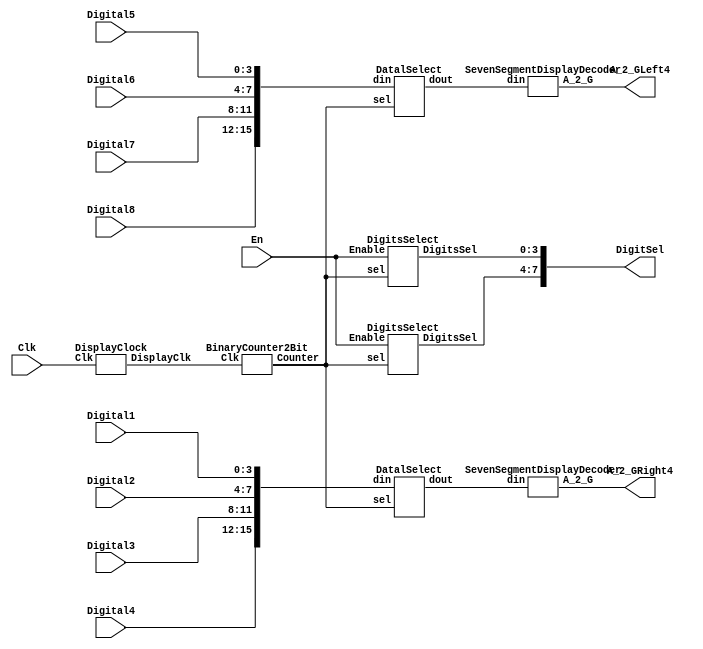
`timescale 1ns / 1ps


module Display(
    input Clk,//clock input,100MHz,P17
    input En,//enable input if==0,no display;
    input [3:0] Digital1,//the 1st from left LED digital diplay  input, the value can be from 0000-1111B
    input [3:0] Digital2,//the 2rd from left LED digital disple, so as the followings
    input [3:0] Digital3,
    input [3:0] Digital4,
    input [3:0] Digital5,
    input [3:0] Digital6,
    input [3:0] Digital7,
    input [3:0] Digital8,
    output[7:0] DigitSel,
    output [6:0] A_2_GRight4,//the right 4  senven segment display value, A_2_G[6] is refer to G segment,
    output [6:0] A_2_GLeft4//the left 4 seven sement display value;
    );
    wire DisplayClk;
    wire [1:0] Counter2bit;
    wire [3:0] dinLeft4,dinRight4;
    
    
  DisplayClock U1(.Clk(Clk),
                  .DisplayClk(DisplayClk));
                  
  BinaryCounter2Bit U2(.Clk(DisplayClk),
                    .Counter(Counter2bit));
               
  SevenSegmentDisplayDecoder U3(.din(dinLeft4),
                                .A_2_G(A_2_GLeft4));
  SevenSegmentDisplayDecoder U4(.din(dinRight4),
                                .A_2_G(A_2_GRight4));                     
 
 DatalSelect U5(.din({Digital8,Digital7,Digital6,Digital5}), 
                .sel(Counter2bit),
                .dout(dinLeft4));
 
  DatalSelect U6(.din({Digital4,Digital3,Digital2,Digital1}), 
                .sel(Counter2bit),
                .dout(dinRight4));
                
 DigitsSelect U7(.sel(Counter2bit),
              .Enable(En),
               .DigitsSel(DigitSel[7:4]));                  
                
 DigitsSelect U8(.sel(Counter2bit),
              .Enable(En),
               .DigitsSel(DigitSel[3:0]));                 
 endmodule

module DisplayClock(
    input Clk,
    output DisplayClk
    );
    reg [17:0] d;
    always @(posedge Clk)
    begin
    d<=d+1;
    end
    assign DisplayClk=d[17];
endmodule

module BinaryCounter2Bit(
     input Clk,
     output reg [1:0] Counter
     );
      
     always @(posedge Clk)
     begin
     Counter<=Counter+1;
     end
 endmodule
 
 module SevenSegmentDisplayDecoder(
        input [3:0]din,
        output reg [6:0]A_2_G
        );
      always @(*)
      begin
      case(din)
      4'h0:A_2_G<=7'h3F;              
      4'h1:A_2_G<=7'h06;
      4'h2:A_2_G<=7'h5B;
      4'h3:A_2_G<=7'h4F;
      4'h4:A_2_G<=7'h66;
      4'h5:A_2_G<=7'h6D;
      4'h6:A_2_G<=7'h7D;
      4'h7:A_2_G<=7'h07;
      4'h8:A_2_G<=7'h7F;
      4'h9:A_2_G<=7'h6F;
      4'hA:A_2_G<=7'h77;
      4'hB:A_2_G<=7'h5E;//7C;
      4'hC:A_2_G<=7'h40;//39;
      4'hD:A_2_G<=7'h73;//5E;
      4'hE:A_2_G<=7'h79;
      4'hF:A_2_G<=7'h71;
      default:
      A_2_G<=7'h00;
      endcase
      end
 endmodule
 
 module DatalSelect(
        input [15:0]din,
        input [1:0]sel,
        output reg [3:0]dout
        );
       always @(*)
       begin
        case(sel)
        2'b00:dout=din[3:0];
        2'b01:dout=din[7:4];
        2'b10:dout=din[11:8];
        2'b11:dout=din[15:12];
        default:
        dout=0;
        endcase
       end        
  endmodule
 
 module  DigitsSelect(
         input [1:0]sel,
         input Enable,
         output reg [3:0]DigitsSel
         );      
    
        always @(*)
        begin
        if(Enable)
        begin
            case(sel)
             2'b00:DigitsSel=4'b0001;
             2'b01:DigitsSel=4'b0010;
             2'b10:DigitsSel=4'b0100;
             2'b11:DigitsSel=4'b1000;
             default
             DigitsSel=4'b0000;
             endcase
        end
        else
        DigitsSel=4'b0000;
        end
  endmodule